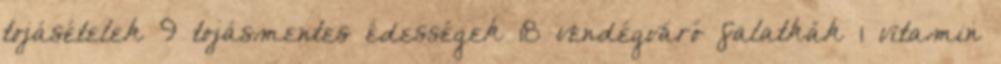
tojásételek 9 tojásmentes édességek 18 vendégváró falatkák 1 vitamin